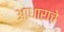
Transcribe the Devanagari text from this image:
आधाराचे